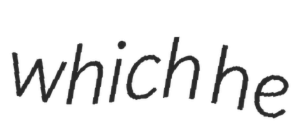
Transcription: which he